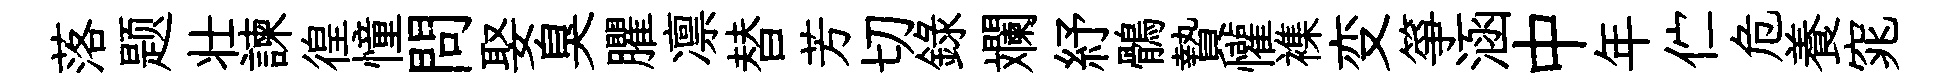
落题壮諫徨憧問娶臭臞凛替芳切録斕紓鶻贄懽襍变箏涵中年伫危養窕